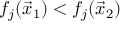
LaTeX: f _ { j } ( { \vec { x } } _ { 1 } ) < f _ { j } ( { \vec { x } } _ { 2 } )